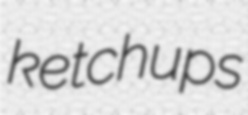
ketchups